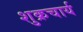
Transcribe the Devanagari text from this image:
शुक्रचार्य